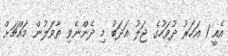
އެއީ 1 އަހަރު ދުވަހުގެ ޖަލު އަދަބު މި ދެންނެވި ތާވަލުން މައްޗަށް